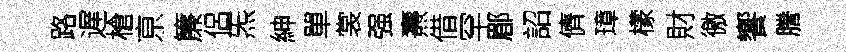
路遅槍亰簾侶炁紳單裳强燾借罕郿詔儕璋檬財徼饗謄